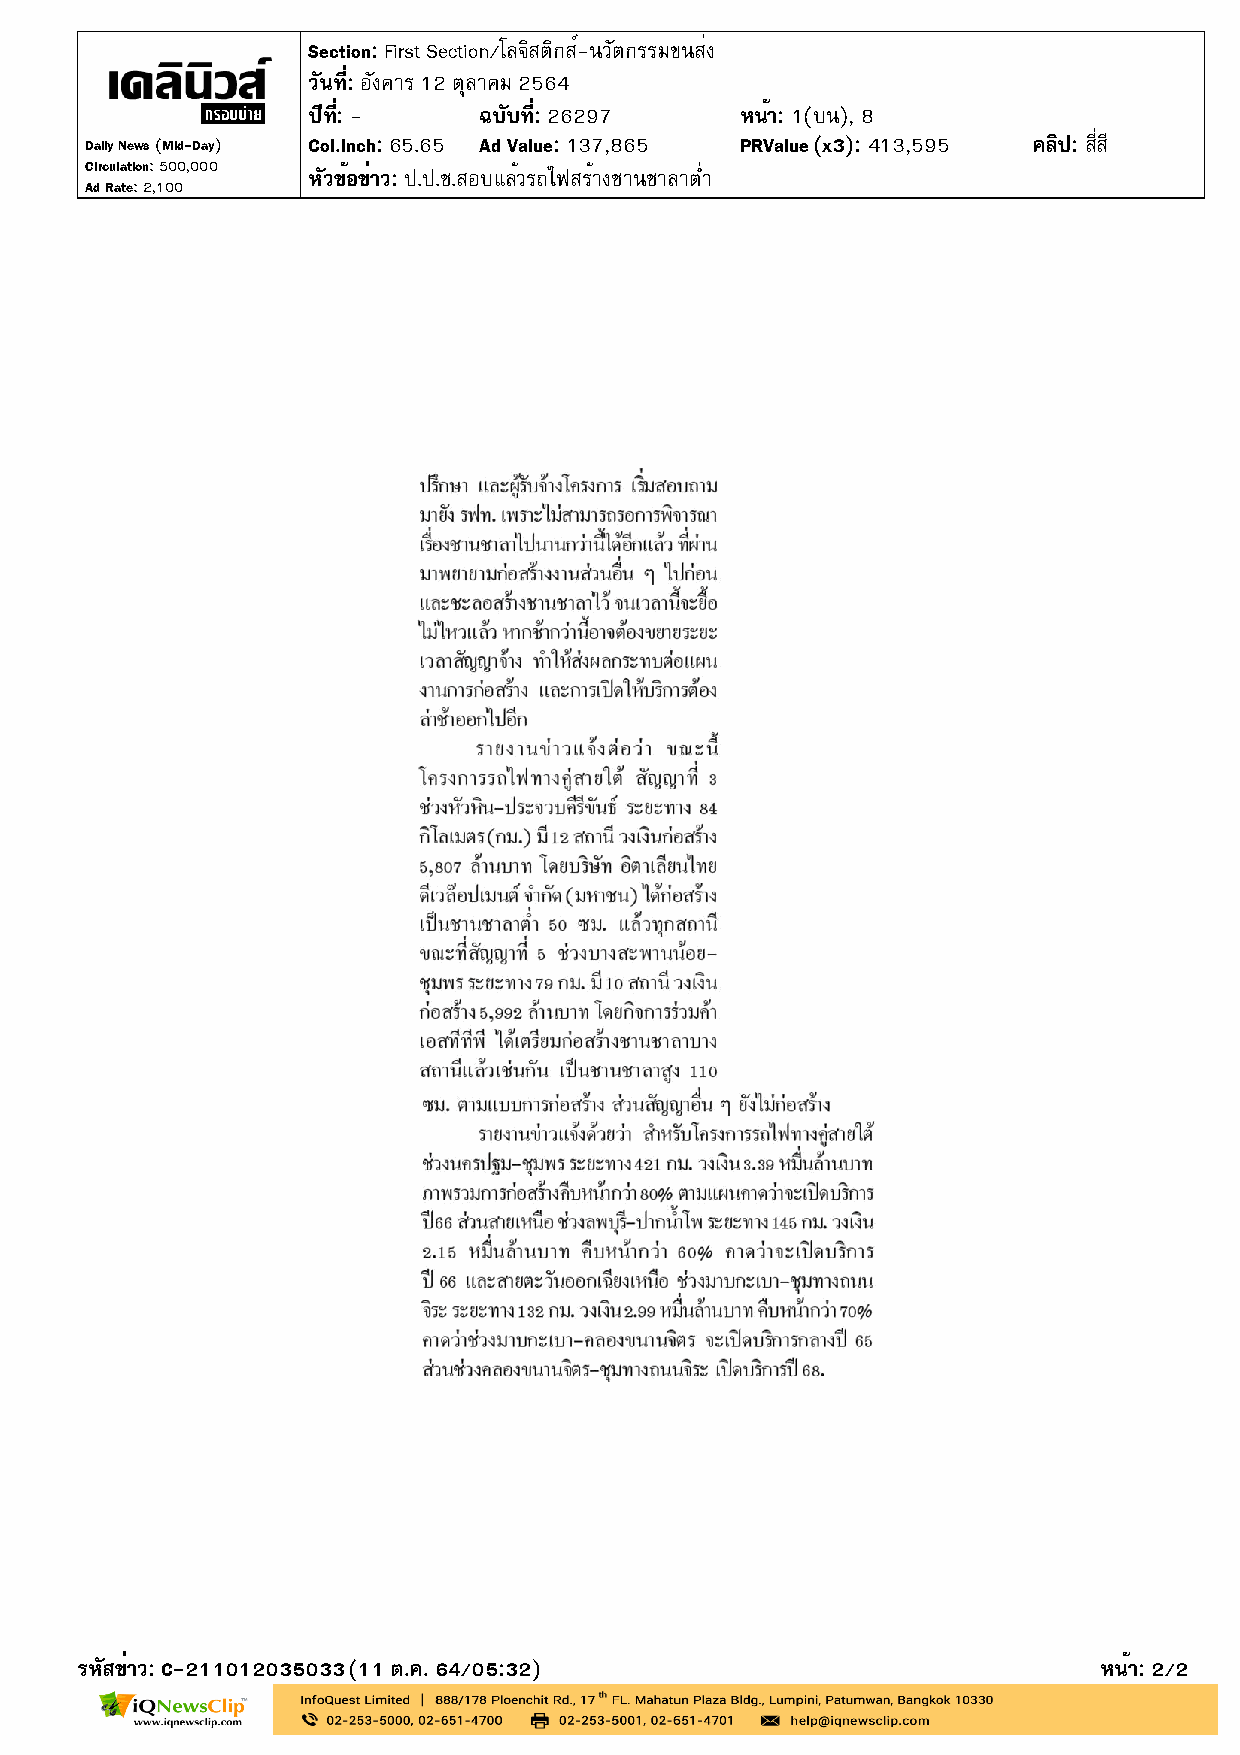
Section: First Section/โลจิสติกส์-นวัตกรรมขนส่ง
 วันที่: อังคาร 12 ตุลาคม 2564
 ปีที่: -    ฉบับที่: 26297   หน้า: 1(บน), 8
 Daily News (Mid-Day) Col.Inch: 65.65 Ad Value: 137,865 PRValue(x3): 413,595 คลิป: สี่สี
 Circulation: 500,000
 หัวข้อข่าว: ป.ป.ช.สอบแล้วรถไฟสร้างชานชาลาต่ำ
 Ad Rate: 2,100
 รหัสข่าว: C-211012035033(11 ต.ค. 64/05:32)                          หน้า: 2/2